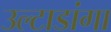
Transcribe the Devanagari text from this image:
उल्टाडांगा